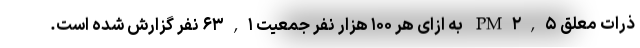
ذرات معلق PM۲,۵ به ازای هر ۱۰۰ هزار نفر جمعیت ۶۳,۱ نفر گزارش شده است.